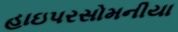
હાઇપરસોમનીયા